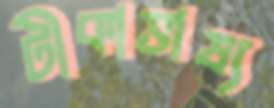
টীকাভাষ্য